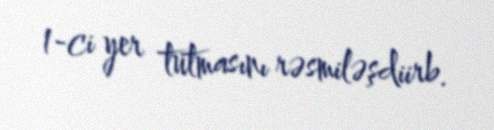
1-ci yer tutmasını rəsmiləşdiirb.